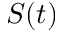
S ( t )